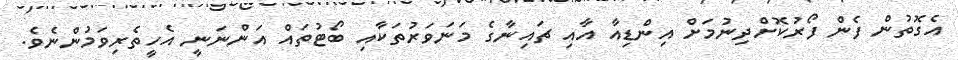
އެގޮތުން ފެން ފޯރުކޮށްދިނުމަށް އިންޑިއާ އާއި ޗައިނާގެ މަނަވަރުތަކާއި ބޯޓުތައް އަންނަނީ އެހީތެރިވަމުންނެވެ.